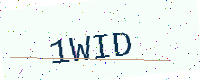
Text: 1WID